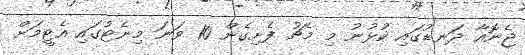
ޖެނޮއާ ދަނޑުގައި ކުޅުނު މި މެޗު ފެށިގެން 10 ވަނަ މިނެޓުގައި އެޓީމަށް